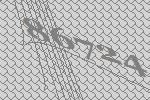
86724